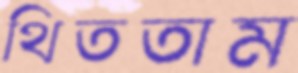
থিততাম